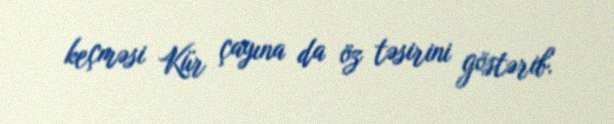
keçməsi Kür çayına da öz təsirini göstərib.